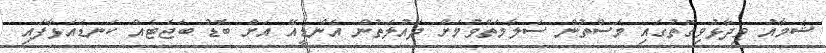
ޝަމާއު ވިދާޅުވިގޮތުގައި މަސްތުން ސަލާމަތްވުމަށް ދައުލަތުން އެންޑީއޭ އަށް ބޮޑު ބަޖެޓެއް ކަނޑައަޅާފައި